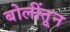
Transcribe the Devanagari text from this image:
बोलींतून